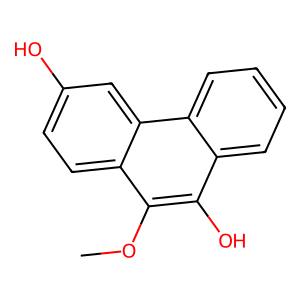
SMILES: COc1c(O)c2ccccc2c2cc(O)ccc12
Inhibits HIV replication: No